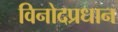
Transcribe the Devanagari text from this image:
विनोदप्रधान